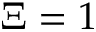
\Xi = 1